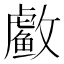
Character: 䲣